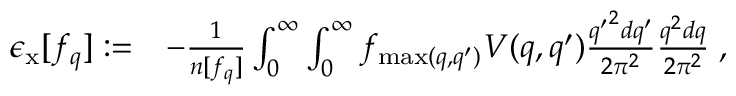
\begin{array} { r l } { \epsilon _ { \mathrm { x } } [ f _ { q } ] : = } & { - \frac { 1 } { n [ f _ { q } ] } \int _ { 0 } ^ { \infty } \int _ { 0 } ^ { \infty } f _ { \operatorname* { m a x } ( q , q ^ { \prime } ) } V ( q , q ^ { \prime } ) \frac { { q ^ { \prime } } ^ { 2 } d q ^ { \prime } } { 2 \pi ^ { 2 } } \frac { q ^ { 2 } d q } { 2 \pi ^ { 2 } } \; , } \end{array}